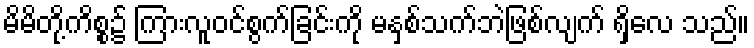
မိမိတို့ကိစ္စ၌ ကြားလူဝင်စွက်ခြင်းကို မနှစ်သက်ဘဲဖြစ်လျက် ရှိလေ သည်။